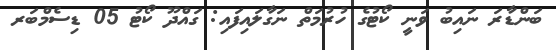
ބަންޑާރަ ނައިބު ވަނީ ކޯޓުގެ ހުރުމަތް ނަގާލައިފައި: ގައްދޫ ކޯޓު 05 ޑިސެމްބަރ